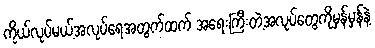
ကိုယ်လုပ်မယ့်အလုပ်ရေအတွက်ထက် အရေးကြီးတဲ့အလုပ်တွေကိုမှန်မှန်နဲ့